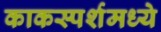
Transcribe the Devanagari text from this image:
काकस्पर्शमध्ये